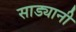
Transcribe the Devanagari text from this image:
साड्यानी